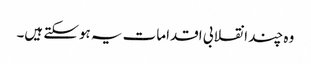
وہ چند انقلابی اقدامات یہ ہوسکتے ہیں۔